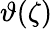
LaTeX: \vartheta(\zeta)